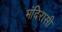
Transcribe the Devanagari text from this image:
मंदिरासी